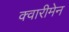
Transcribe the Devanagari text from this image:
क्वारीमेन